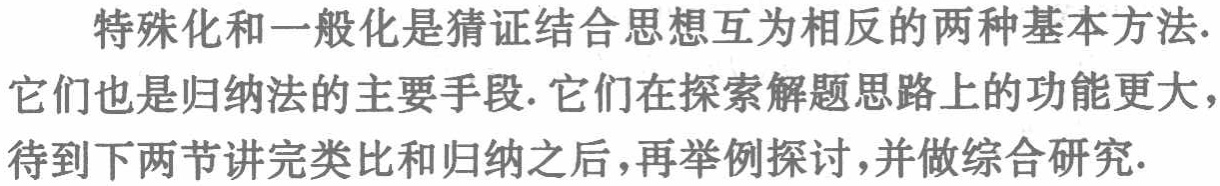
特殊化和一般化是猜证结合思想互为相反的两种基本方法.它们也是归纳法的主要手段.它们在探索解题思路上的功能更大，待到下两节讲完类比和归纳之后，再举例探讨，并做综合研究.